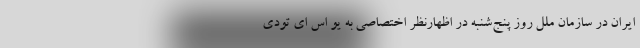
ایران در سازمان ملل روز پنج‌شنبه در اظهارنظر اختصاصی به یو اس ای تودی